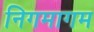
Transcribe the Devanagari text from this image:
निगमागम